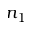
n _ { 1 }